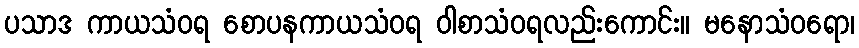
ပသာဒ ကာယသံဝရ စောပနကာယသံဝရ ဝါစာသံဝရလည်းကောင်း။ မနောသံဝရော၊